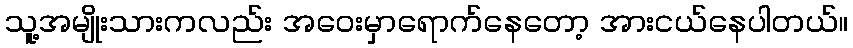
သူ့အမျိုးသားကလည်း အဝေးမှာရောက်နေတော့ အားငယ်နေပါတယ်။